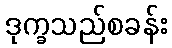
ဒုက္ခသည်စခန်း